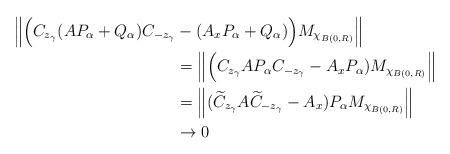
LaTeX: \begin{align*}\Big \| \Big ( C_{z_\gamma} (AP_\alpha + Q_\alpha)C_{-z_\gamma} &- (A_{x} P_\alpha + Q_\alpha) \Big ) M_{\chi_{B(0,R)}} \Big \|\\&= \Big \| \Big ( C_{z_\gamma} AP_\alpha C_{-z_\gamma} - A_{x} P_\alpha) M_{\chi_{B(0,R)}} \Big \|\\&= \Big \| (\widetilde{C}_{z_\gamma} A \widetilde{C}_{-z_\gamma} - A_{x}) P_\alpha M_{\chi_{B(0,R)}} \Big \|\\& \to 0\end{align*}